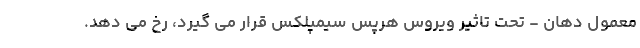
معمول دهان - تحت تاثیر ویروس هرپس سیمپلکس قرار می گیرد، رخ می دهد.